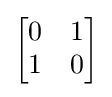
\left[{\begin{matrix}0&1\\1&0\end{matrix}}\right]